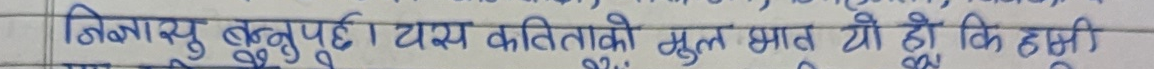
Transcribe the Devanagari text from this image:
बिनायु वस्तुपुर्दा । यस कविताको मुल्य भाव यो हो कि हमी